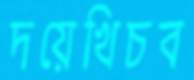
দয়েখিচব